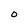
Character: O